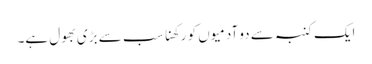
ایک کنبہ سے دو آدمیوں کو رکھنا سب سے بڑی بھول ہے۔